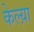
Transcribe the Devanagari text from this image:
केल्य़ा